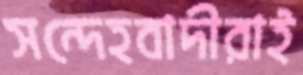
সন্দেহবাদীরাই